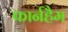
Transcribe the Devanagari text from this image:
फार्नहैम